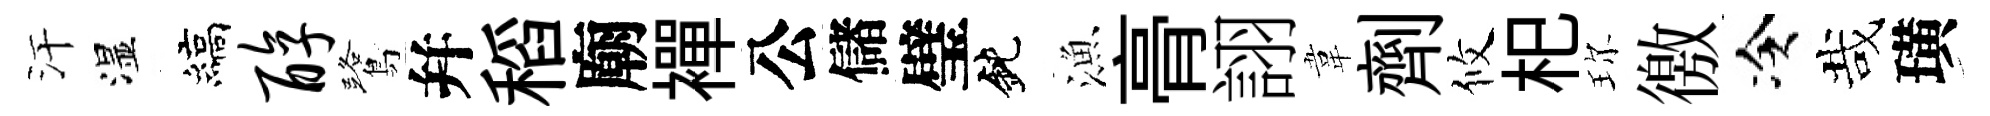
汗湿縞醇鷺幷稻廟襌公儲璧鈍漁𮌔詡韋劑攸𣏌珎徼冷哉璜